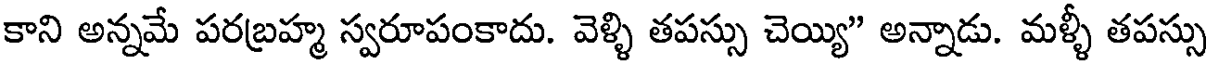
కాని అన్నమే పరబ్రహ్మ స్వరూపంకాదు. వెళ్ళి తపస్సు చెయ్యి" అన్నాడు. మళ్ళీ తపస్సు